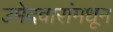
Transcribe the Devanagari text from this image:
उमेदवारांमधून